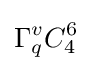
\Gamma _{q}^{v}C_{4}^{6}